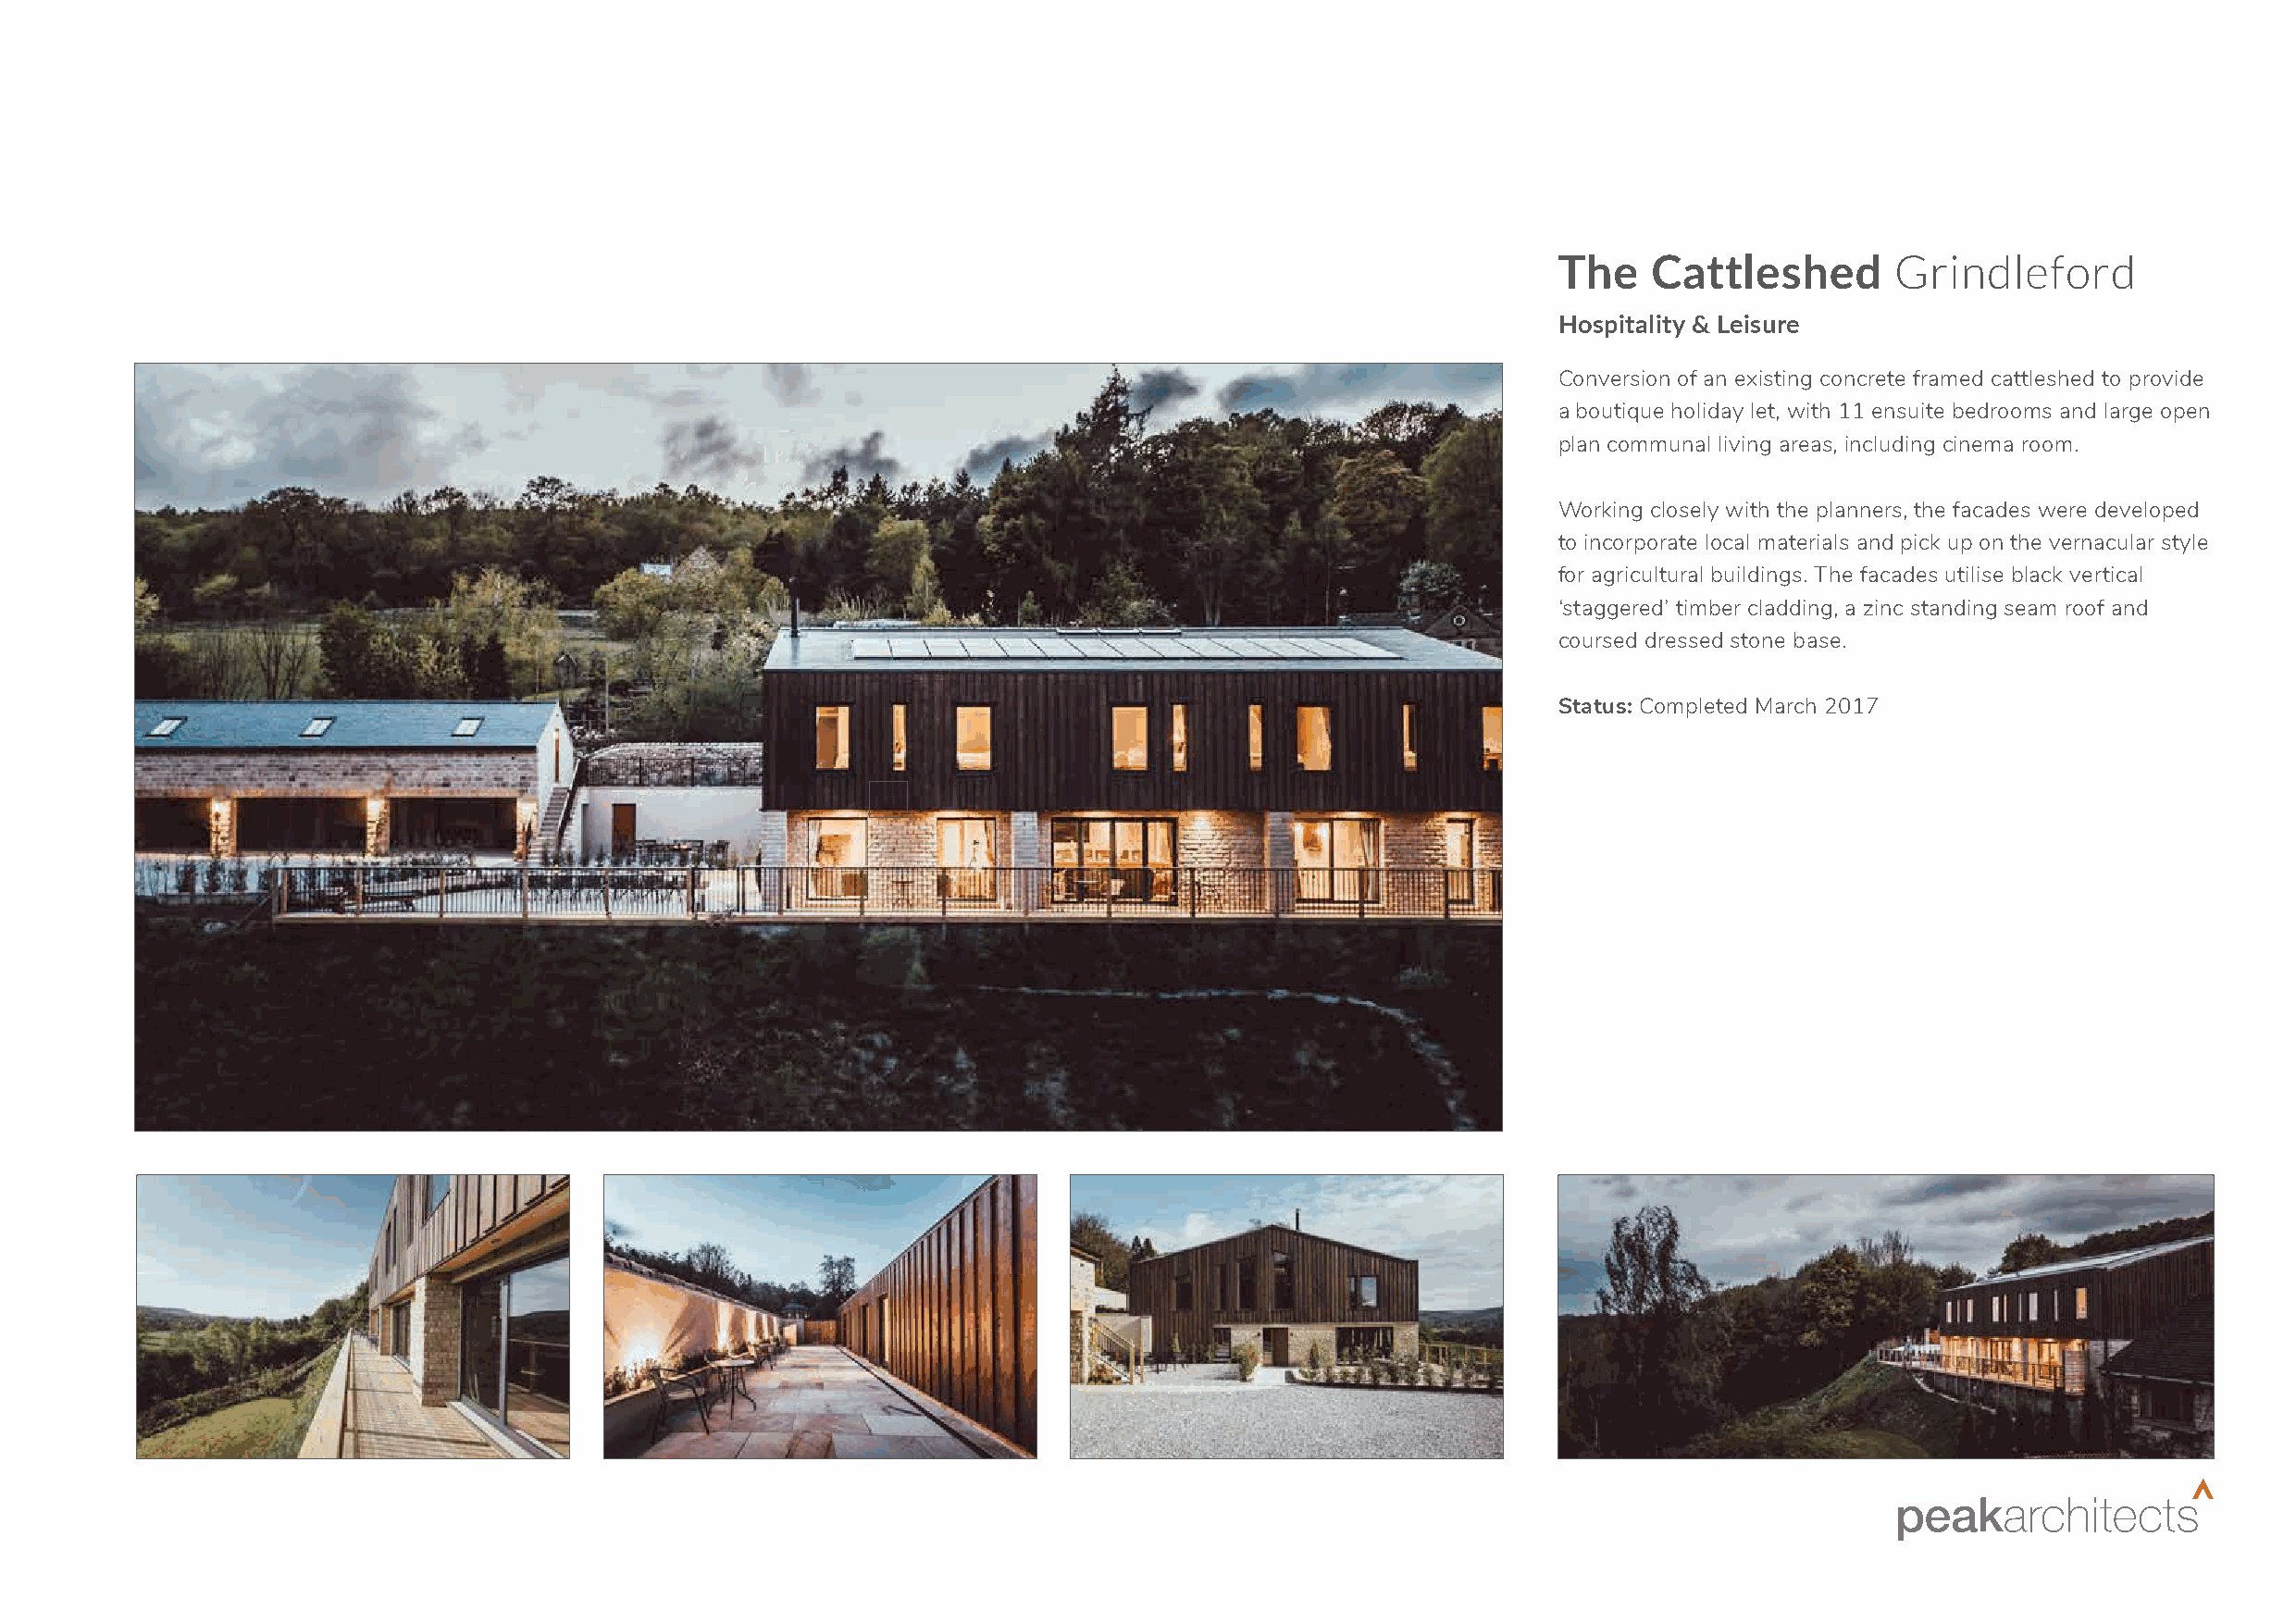
The    Cattleshed       Grindleford
 Hospitality & Leisure
 Conversion of an existing concrete framed cattleshed to provide
 a boutique holiday let, with 11 ensuite bedrooms and large open
 plan communal living areas, including cinema room.
 Working closely with the planners, the facades were developed
 to incorporate local materials and pick up on the vernacular style
 for agricultural buildings. The facades utilise black vertical
 ‘staggered’ timber cladding, a zinc standing seam roof and
 coursed dressed stone base.
 Status: Completed March 2017